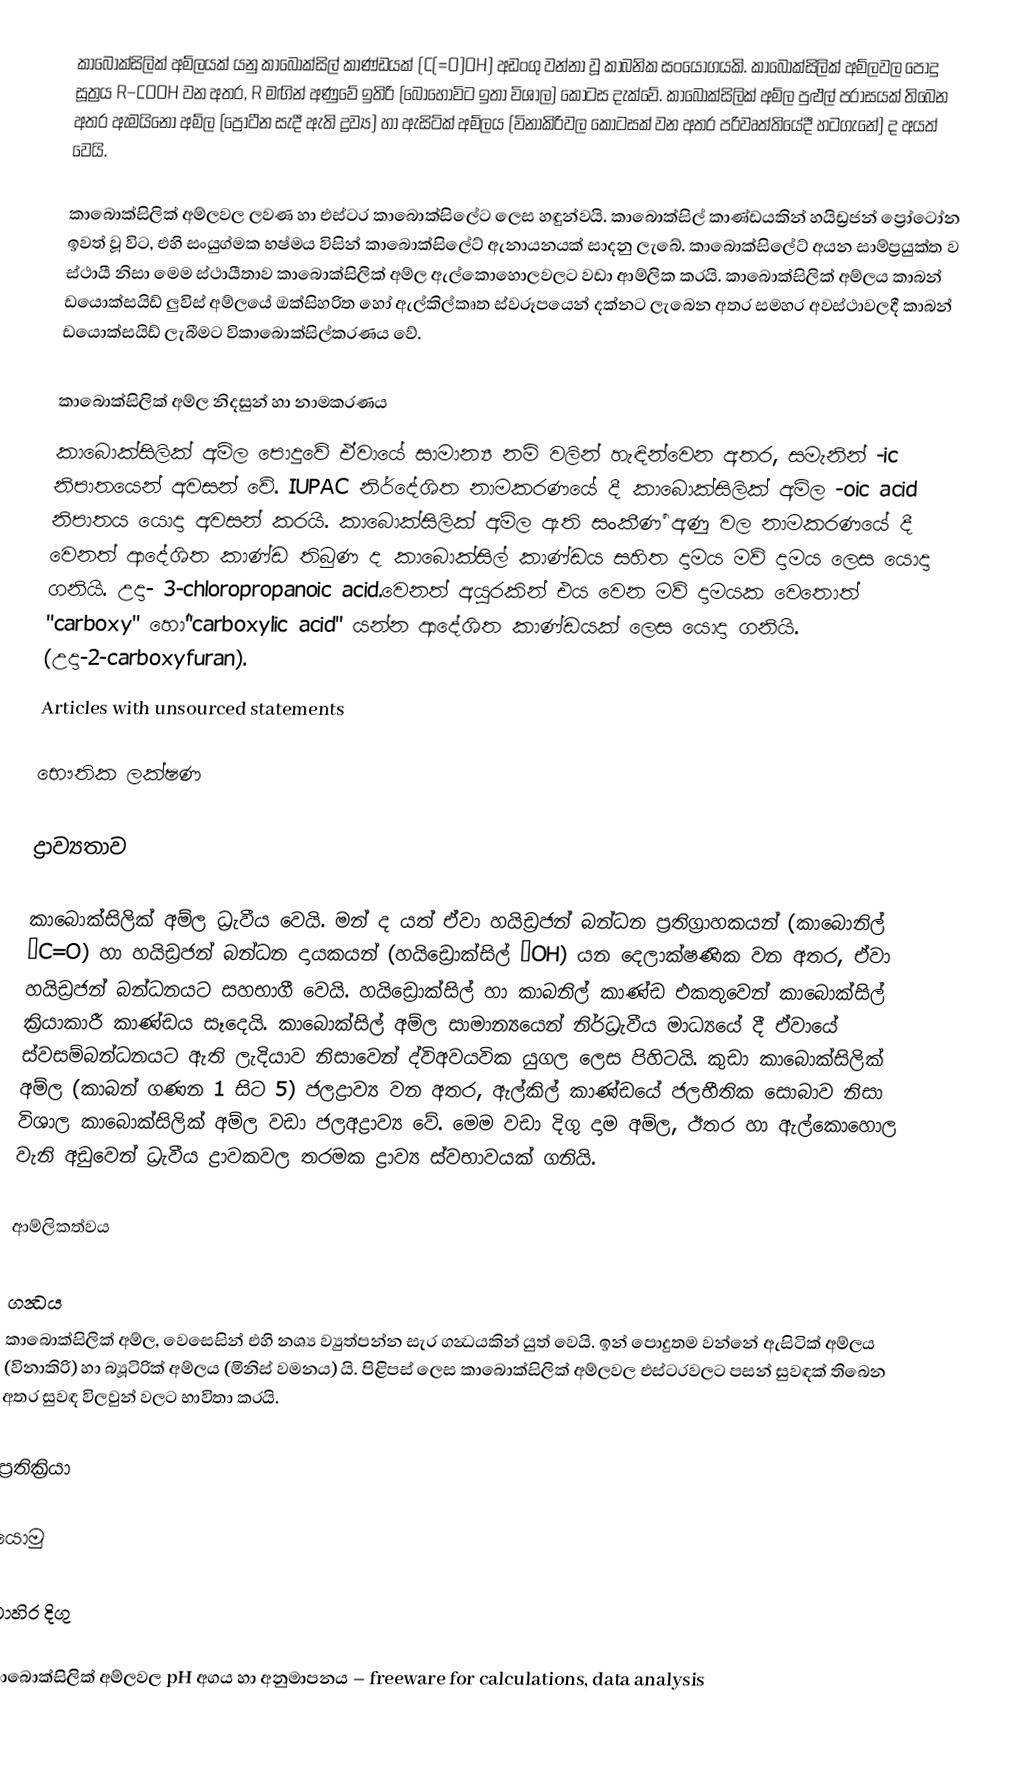
කාබොක්සිලික් අම්ලයක් යනු කාබොක්සිල් කාණ්ඩයක් (C(=O)OH) අඩංගු වන්නා වූ කාබනික සංයෝගයකි. කාබොක්සිලික් අම්ලවල පොදු සූත්‍රය R–COOH වන අතර, R මඟින් අණුවේ ඉතිරි (බොහෝවිට ඉතා විශාල) කොටස දැක්වේ. කාබොක්සිලික් අම්ල පුළුල් පරාසයක් තිබෙන අතර ඇමයිනෝ අම්ල (ප්‍රෝටීන සැදී ඇති ද්‍රව්‍ය) හා ඇසිටික් අම්ලය (විනාකිරිවල කොටසක් වන අතර පරිවෘත්තියේදී හටගැනේ) ද අයත් වෙයි.

කාබොක්සිලික් අම්ලවල ලවණ හා එස්ටර කාබොක්සිලේට ලෙස හඳුන්වයි. කාබොක්සිල් කාණ්ඩයකින් හයිඩ්‍රජන් ප්‍රෝටෝන ඉවත් වූ විට, එහි සංයුග්මක භෂ්මය විසින් කාබොක්සිලේට් ඇනායනයක් සාදනු ලැබේ. කාබොක්සිලේට් අයන සාම්ප්‍රයුක්ත ව ස්ථායී නිසා මෙම ස්ථායීතාව කාබොක්සිලික් අම්ල ඇල්කොහොලවලට වඩා ආම්ලික කරයි. කාබොක්සිලික් අම්ලය කාබන් ඩයොක්සයිඩ් ලුවිස් අම්ලයේ ඔක්සිහරිත හෝ ඇල්කිල්කෘත ස්වරූපයෙන් දක්නට ලැබෙන අතර සමහර අවස්ථාවලදී කාබන් ඩයොක්සයිඩ් ලැබීමට විකාබොක්සිල්කරණය වේ.

කාබොක්සිලික් අම්ල නිදසුන් හා නාමකරණය
කාබොක්සිලික් අම්ල පොදුවේ ඒවායේ සාමාන්‍ය නම් වලින් හැඳින්වෙන අතර, සමැනින් -ic නිපාතයෙන් අවසන් වේ. IUPAC නිර්දේශිත නාමකරණයේ දී කාබොක්සිලික් අම්ල -oic acid නිපාතය යොදා අවසන් කරයි. කාබොක්සිලික් අම්ල ඇති සංකීර්‍ණ අණු වල නාමකරණයේ දී වෙනත් ආදේශිත කාණ්ඩ තිබුණ ද කාබොක්සිල් කාණ්ඩය සහිත දාමය මව් දාමය ලෙස යොදා ගනියි. උදා- 3-chloropropanoic acid.වෙනත් අයුරකින් එය වෙන මව් දාමයක වෙතොත් "carboxy" හෝ"carboxylic acid" යන්න ආදේශිත කාණ්ඩයක් ලෙස යොදා ගනියි. (උදා-2-carboxyfuran).
Articles with unsourced statements

භෞතික ලක්ෂණ

ද්‍රාව්‍යතාව

කාබොක්සිලික් අම්ල ධ්‍රැවීය වෙයි. මන් ද යත් ඒවා හයිඩ්‍රජන් බන්ධන ප්‍රතිග්‍රාහකයන් (කාබොනිල් –C=O) හා හයිඩ්‍රජන් බන්ධන දායකයන් (හයිඩ්‍රොක්සිල් –OH) යන දෙලාක්ෂණික වන අතර, ඒවා හයිඩ්‍රජන් බන්ධනයට සහභාගී වෙයි. හයිඩ්‍රොක්සිල් හා කාබනිල් කාණ්ඩ එකතුවෙන් කාබොක්සිල් ක්‍රියාකාරී කාණ්ඩය සෑදෙයි. කාබොක්සිල් අම්ල සාමාන්‍යයෙන් නිර්ධ්‍රැවීය මාධ්‍යයේ දී ඒවායේ ස්වසම්බන්ධනයට ඇති ලැදියාව නිසාවෙන් ද්විඅවයවික යුගල ලෙස පිහිටයි. කුඩා කාබොක්සිලික් අම්ල (කාබන් ගණන 1 සිට 5) ජලද්‍රාව්‍ය වන අතර, ඇල්කිල් කාණ්ඩයේ ජලභීතික සොබාව නිසා විශාල කාබොක්සිලික් අම්ල වඩා ජලඅද්‍රාව්‍ය වේ. මෙම වඩා දිගු දාම අම්ල, ඊතර හා ඇල්කොහොල වැනි අඩුවෙන් ධ්‍රැවීය ද්‍රාවකවල තරමක ද්‍රාව්‍ය ස්වභාවයක් ගනියි.

ආම්ලිකත්වය

ගන්‍ධය
කාබොක්සිලික් අම්ල, වෙසෙසින් එහි නශ්‍ය ව්‍යුත්පන්න සැර ගන්‍ධයකින් යුත් වෙයි. ඉන් පොදුතම වන්නේ ඇසිටික් අම්ලය (විනාකිරි) හා බ්‍යූටිරික් අම්ලය (මිනිස් වමනය) යි. පිළිපස් ලෙස කාබොක්සිලික් අම්ලවල එස්ටරවලට පසන් සුවඳක් තිබෙන අතර සුවඳ විලවුන් වලට භාවිතා කරයි.

ප්‍රතික්‍රියා

යොමු

බාහිර දිගු

 කාබොක්සිලික් අම්ලවල pH අගය හා අනුමාපනය – freeware for calculations, data analysis